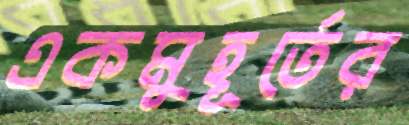
একমুহূর্তের